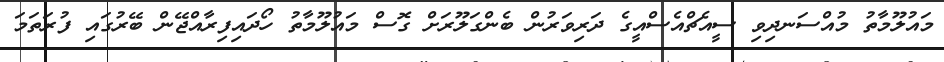
މައުލޫމާތު މުއްސަނދިވި ސީއެޗްއެސްއީގެ ދަރިވަރުން ބެންގަލޫރަށް ގޮސް މައުލޫމާތު ހޯދައިފިރާއްޖޭން ބޭރުގައި ފުރަތަމަ